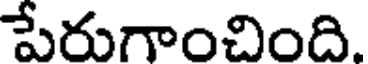
పేరుగాంచింది.